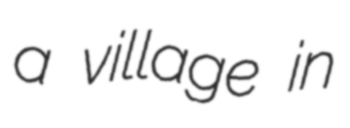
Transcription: a village in